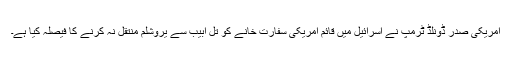
امریکی صدر ڈونلڈ ٹرمپ نے اسرائیل میں قائم امریکی سفارت خانے کو تل ابیب سے یروشلم منتقل نہ کرنے کا فیصلہ کیا ہے۔